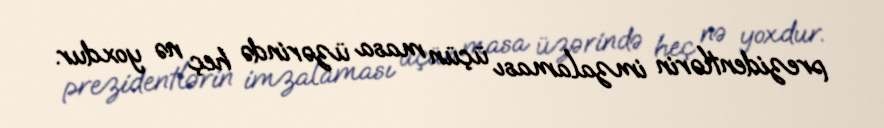
prezidentlərin imzalaması üçün masa üzərində heç nə yoxdur.